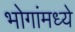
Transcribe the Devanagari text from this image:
भोगांमध्ये